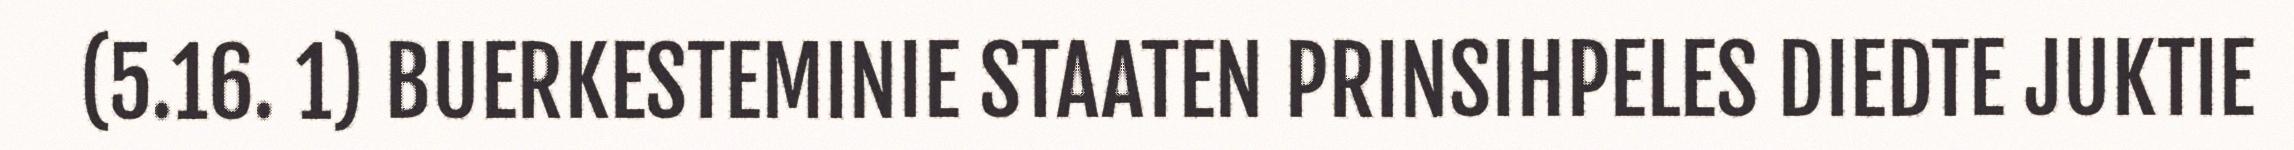
(5.16. 1) BUERKESTEMINIE STAATEN PRINSIHPELES DIEDTE JUKTIE